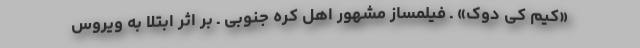
«کیم کی دوک» ـ فیلمساز مشهور اهل کره جنوبی ـ بر اثر ابتلا به ویروس